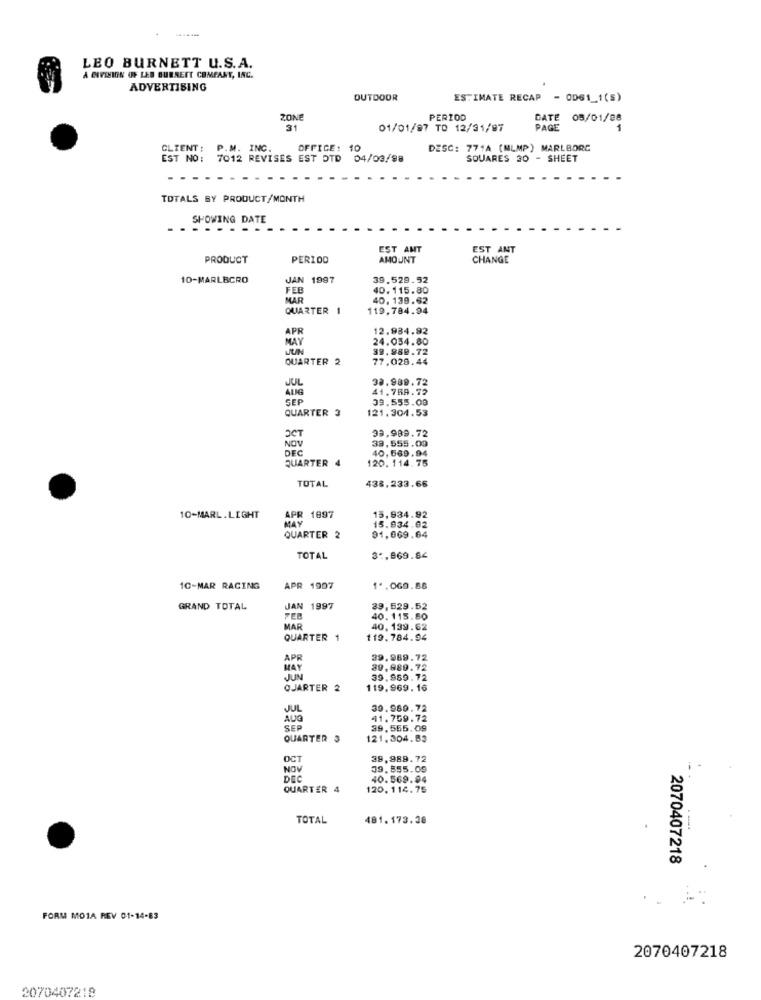
LEO BURNETT U.S.A.
A DIVISION OF LED BURNETT COMPANY, INC.
ADVERTISING
OUTDOOR
ESTIMATE RECAP
- OD61_1(S)
ZONE
PERIOD
DATE
05/01/88
31
01/01/97 TO 12/31/97
PAGE
CLIENT :
P.M. INC.
OFFICE: 10
DESC: 771A (MLMP) MARLBORC
EST NO: 7012 REVISES EST DTD 04/03/98
SQUARES 30 - SHEET
TOTALS BY PRODUCT/MONTH
SHOWING DATE
-
.....
EST ANT
EST ANT
PRODUCT
PERIOD
AMOUNT
CHANGE
10-MARLBCRO
JAN 1997
39.529.52
FEB
40. 115.80
MAR
40, 139.62
QUARTER
119,784.94
APR
12.984.92
MAY
24.034.80
JUN
39.889.72
QUARTER
77,029.44
JUL
32.989.72
AUG
41.759.72
SEP
39.555.09
QUARTER 3
121.304.53
99.989.72
ЭСТ
NOV
39,555.09
DEC
40,669.94
QUARTER 4
120. 114.75
438,233.66
TOTAL
10-MARL.LIGHT
APR 1897
15,934.92
MAY
91,069.64
15.934.02
QUARTER 2
TOTAL
3 ., 969.84
1C-MAR RACING
APR 1907
1ª.069.88
GRAND TOTAL
JAN
1997
39,629.52
FEB
40.115.50
MAR
40, 139.62
QUARTER
119.784.94
APR
39.989.72
MAY
39,989.72
JUN
39.959.72
OJARTER 2
119.969. 16
JUL
39.989.72
AUG
41.759.72
SEP
39.555.09
QUARTER 3
121. 304.83
OCT
39.989.72
NOV
39.855.09
DEC
40.569.94
QUARTER 4
120. 114.75
TOTAL
481.173.30
.-.
2070407218
FORM MO1A REV 01-14-83
2070407218
2070407218